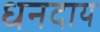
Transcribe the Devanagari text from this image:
धनदाय